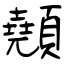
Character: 顤